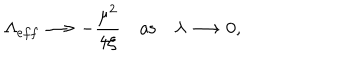
\Lambda _ { e f f } \longrightarrow - \frac { \mu ^ { 2 } } { 4 \xi } \quad \mathrm { a s } \quad \lambda \longrightarrow 0 ,